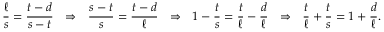
{ \frac { \ell } { s } } = { \frac { t - d } { s - t } } \ \ \Rightarrow \ \ { \frac { s - t } { s } } = { \frac { t - d } { \ell } } \ \ \Rightarrow \ \ 1 - { \frac { t } { s } } = { \frac { t } { \ell } } - { \frac { d } { \ell } } \ \ \Rightarrow \ \ { \frac { t } { \ell } } + { \frac { t } { s } } = 1 + { \frac { d } { \ell } } .